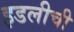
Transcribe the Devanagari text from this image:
इडलीची